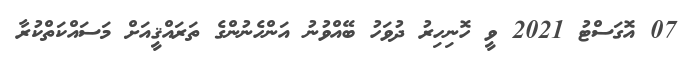
07 އޮގަސްޓު 2021 ވީ ހޮނިހިރު ދުވަހު ބޭއްވުނު އަންހެނުންގެ ތަރައްޤީއަށް މަސައްކަތްކުރާ